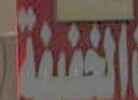
المضيفة